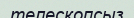
телескопсыз